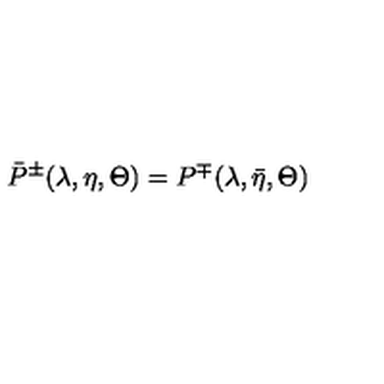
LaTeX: \bar { P } ^ { \pm } ( \lambda , \eta , \Theta ) = P ^ { \mp } ( \lambda , \bar { \eta } , \Theta )